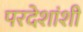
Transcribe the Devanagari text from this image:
परदेशांशी